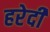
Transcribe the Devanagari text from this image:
हरेदी